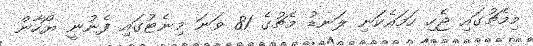
މިމެޗުގައި ޖެހި ހަމައެކަނި ލަނޑު މެޗުގެ 81 ވަނަ މިނެޓުގައި ފެނުނީ ޔޯހާން